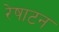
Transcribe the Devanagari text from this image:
रेषाटन